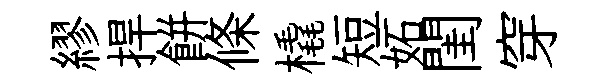
繆捍餅條橇短妬閨穿